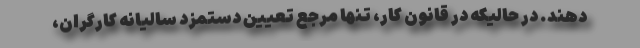
دهند. در حالیکه در قانون کار، تنها مرجع تعیین دستمزد سالیانه کارگران،